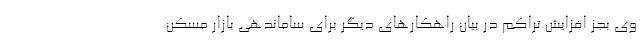
وی بجز افزایش تراکم در بیان راهکارهای دیگر برای ساماندهی بازار مسکن